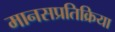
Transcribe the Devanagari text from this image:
मानसप्रतिक्रिया